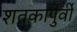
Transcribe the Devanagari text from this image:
शतकापुर्वी